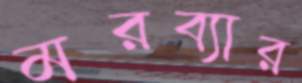
মরব্যার